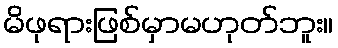
မိဖုရားဖြစ်မှာမဟုတ်ဘူး။